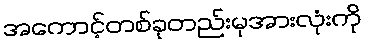
အကောင့်တစ်ခုတည်းမှအားလုံးကို